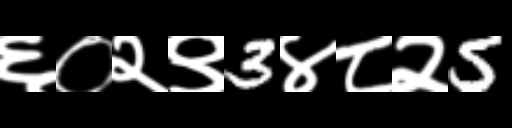
Text: ६०२९3४८२5